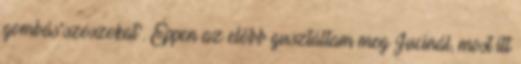
gombás"szószokat". Éppen az előbb gusztáltam meg Jucinál, most itt